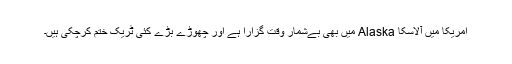
امریکا میں آلاسکا Alaska میں بھی بےشمار وقت گزارا ہے اور چھوڑے بڑے کئی ٹریک ختم کرچکی ہیں۔